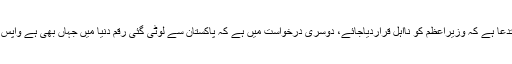
وکیل مخدوم علی خان نے عدالت کو بتایاکہ چار درخواستیں ہیں، ایک استدعا ہے کہ وزیراعظم کو نااہل قراردیاجائے، دوسری درخواست میں ہے کہ پاکستان سے لوٹی گئی رقم دنیا میں جہاں بھی ہے واپس لائی جائے، یہ عمومی نوعیت کی درخواست ہے اس پر کیا جواب دوں؟